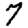
Digit: 7